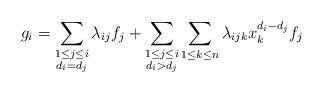
LaTeX: \begin{align*}g_i = \sum_{\substack{1\leq j \leq i\\ d_i = d_j}}\lambda_{ij} f_j + \sum_{\substack{1\leq j \leq i\\ d_i > d_j}} \sum_{1 \leq k \leq n} \lambda_{ijk} x_k^{d_i-d_j} f_j \end{align*}